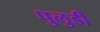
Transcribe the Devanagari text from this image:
पुलुडी